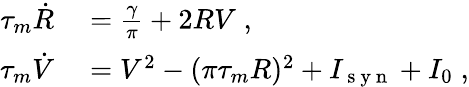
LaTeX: \begin{array}{rl}{\tau_{m}\dot{R}}&{{}=\frac{\gamma}{\pi}+2RV\; ,}\\ {\tau_{m}\dot{V}}&{{}=V^{2}-(\pi\tau_{m}R)^{2}+I_{\mathrm{~s~y~n~}}+I_{0}\; ,}\end{array}